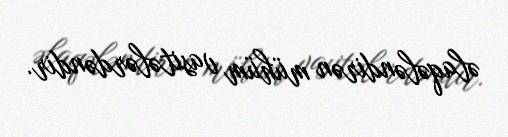
əlaqələndirən mühüm vasitələrdəndir.